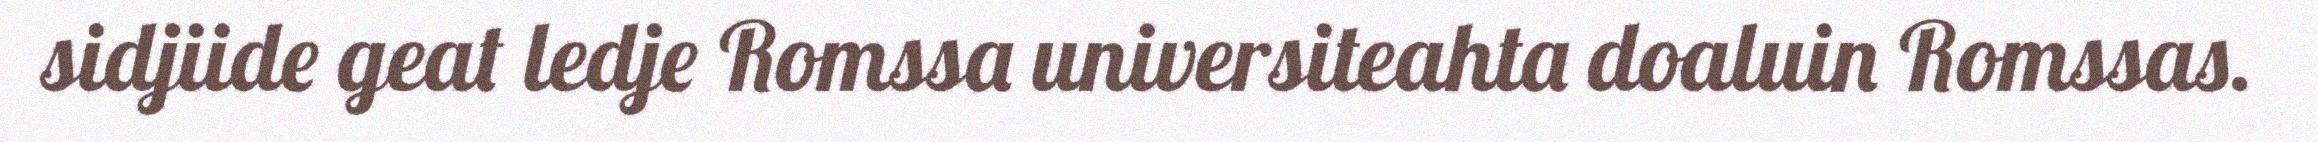
sidjiide geat ledje Romssa universiteahta doaluin Romssas.